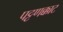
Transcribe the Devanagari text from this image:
पट्टणक्काट